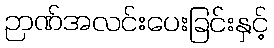
ဉာဏ်အလင်းပေးခြင်းနှင့်